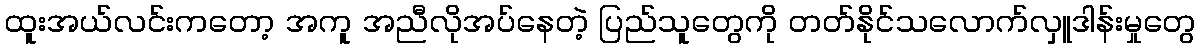
ထူးအယ်လင်းကတော့ အကူ အညီလိုအပ်နေတဲ့ ပြည်သူတွေကို တတ်နိုင်သလောက်လှူဒါန်းမှုတွေ